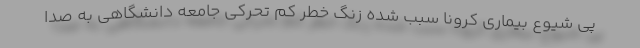
پی شیوع بیماری کرونا سبب شده زنگ خطر کم تحرکی جامعه دانشگاهی به صدا